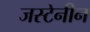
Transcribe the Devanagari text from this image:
जस्टेनीन